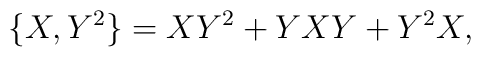
\{X,Y^{2}\}=XY^{2}+YXY+Y^{2}X,